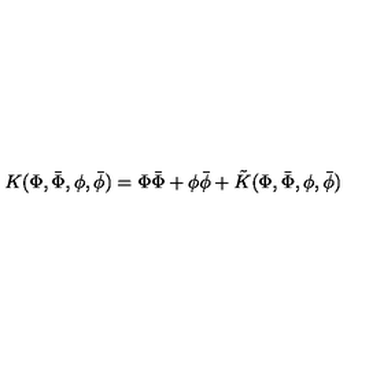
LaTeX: K ( \Phi , \bar { \Phi } , \phi , \bar { \phi } ) = \Phi \bar { \Phi } + \phi \bar { \phi } + \tilde { K } ( \Phi , \bar { \Phi } , \phi , \bar { \phi } )